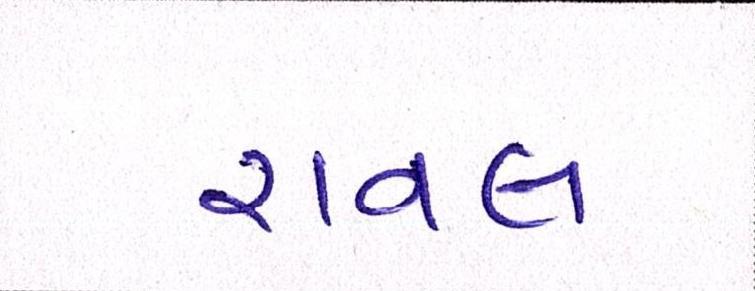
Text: રાવલ